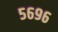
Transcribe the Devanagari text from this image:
५६९६